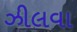
ઝીલવા